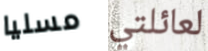
مسليا لعائلتي